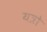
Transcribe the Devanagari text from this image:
यत्रो